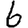
Digit: 6